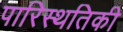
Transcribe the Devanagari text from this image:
पारिस्थतिकी